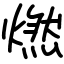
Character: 燃